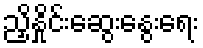
ညှိနှိုင်းဆွေးနွေးရေး